Indian journal of veterinary science and animal husbandry - Volume 14,
Year: 1944
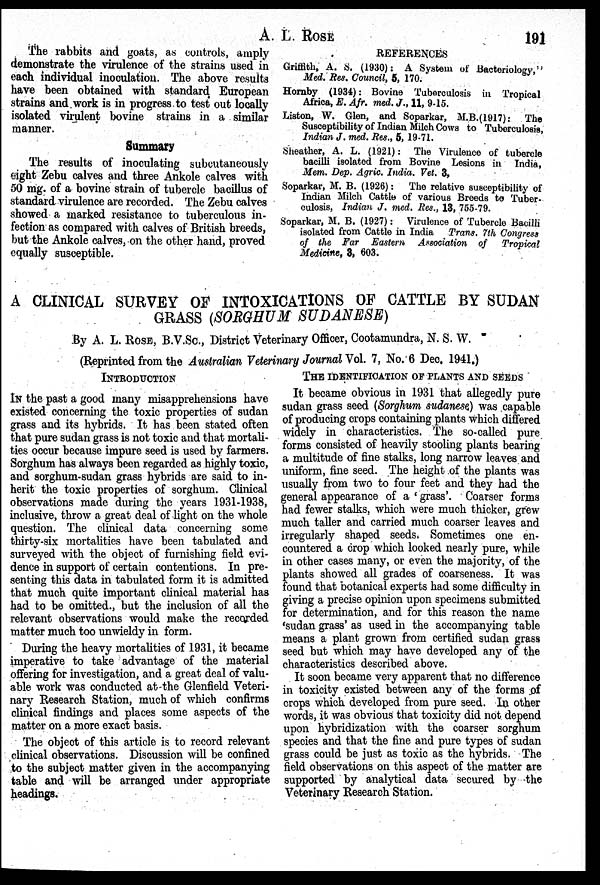
A. L.
ROSE
191
The rabbits and goats, as controls, amply
demonstrate the virulence of the strains used in
each individual inoculation. The above results
have been obtained with standard European
strains and work is in progress to test out locally
isolated virulent bovine strains in a similar
manner.
Summary
The results of inoculating subcutaneously
eight Zebu calves and three Ankole calves with
50 mg. of a bovine strain of tubercle bacillus of
standard virulence are recorded. The Zebu calves
showed a marked resistance to tuberculous in-
fection as compared with calves of British breeds,
but the Ankole calves, on the other hand, proved
equally susceptible.
REFERENCES
Griffith, A. S. (1930): A System of Bacteriology,"
Med. Res. Council, 5, 170.
Hornby (1934): Bovine Tuberculosis in Tropical
Africa, E. Afr. med. J., 11, 9-15.
Liston, W. Glen, and Soparkar, M.B.(1917): The
Susceptibility of Indian Milch Cows to Tuberculosis,
Indian J. med. Res., 5, 19-71.
Sheather, A. L. (1921): The Virulence of tubercle
bacilli isolated from Bovine Lesions in India,
Mem. Dep. Agric. India. Vet. 3,
Soparkar, M. B. (1926): The relative susceptibility of
Indian Milch Cattle of various Breeds to Tuber-
culosis, Indian J. med. Res., 13, 755-79.
Soparkar, M. B. (1927): Virulence of Tubercle Bacilli
isolated from Cattle in India Trans. 7th Congress
of the Far Eastern Association of
Tropical
Medicine, 3, 603.
A CLINICAL SURVEY OF INTOXICATIONS OF CATTLE BY SUDAN
GRASS (SORGHUM SUDANESE)
By A. L. ROSE, B.V.Sc., District Veterinary Officer, Cootamundra, N. S. W.
(Reprinted from the Australian Veterinary Journal Vol. 7, No. 6 Dec. 1941.)
INTRODUCTION
IN the past a good many misapprehensions have
existed concerning the toxic properties of sudan
grass and its hybrids. It has been stated often
that pure sudan grass is not toxic and that mortali-
ties occur because impure seed is used by farmers.
Sorghum has always been regarded as highly toxic,
and sorghum-sudan grass hybrids are said to in-
herit the toxic properties of sorghum. Clinical
observations made during the years 1931-1938,
inclusive, throw a great deal of light on the whole
question. The clinical data concerning some
thirty-six mortalities have been tabulated and
surveyed with the object of furnishing field evi-
dence in support of certain contentions. In pre-
senting this data in tabulated form it is admitted
that much quite important clinical material has
had to be omitted., but the inclusion of all the
relevant observations would make the recorded
matter much too unwieldy in form.
During the heavy mortalities of 1931, it became
imperative to take advantage of the material
offering for investigation, and a great deal of valu-
able work was conducted at the Glenfield Veteri-
nary Research Station, much of which confirms
clinical findings and places some aspects of the
matter on a more exact basis.
The object of this article is. to record relevant
clinical observations. Discussion will be confined
to the subject matter given in the accompanying
table and will be arranged under appropriate
headings.
THE IDENTIFICATION OF PLANTS AND SEEDS
It became obvious in 1931 that allegedly pure
sudan grass seed (Sorghum Sudanese) was capable
of producing crops containing plants which differed
widely in characteristics. The so-called pure
forms consisted of heavily stooling plants bearing
a multitude of fine stalks, long narrow leaves and
uniform, fine seed. The height of the plants was
usually from two to four feet and they had the
general appearance of a 'grass'. Coarser forms
had fewer stalks, which were much thicker, grew
much taller and carried much coarser leaves and
irregularly shaped seeds. Sometimes one en-
countered a crop which looked nearly pure, while
in other cases many, or even the majority, of the
plants showed all grades of coarseness. It was
found that botanical experts had some difficulty in
giving a precise opinion upon specimens submitted
for determination, and for this reason the name
'sudan grass' as used in the accompanying table
means a plant grown from certified sudan grass
seed but which may have developed any of the
characteristics described above.
It soon became very apparent that no difference
in toxicity existed between any of the forms of
crops which developed from pure seed. In other
words, it was obvious that toxicity did not depend
upon hybridization with the coarser sorghum
species and that the fine and pure types of sudan
grass could be just as toxic as the hybrids. The
field observations on this aspect of the matter are
supported by analytical data secured by the
Veterinary Research Station.